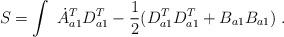
LaTeX: \begin{align*}S = \int \ \dot{A}^T_{a1}D^T_{a1} - \frac{1}{2}(D^T_{a1}D^T_{a1} + B_{a1}B_{a1}) \ .\end{align*}